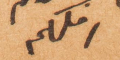
املكم